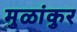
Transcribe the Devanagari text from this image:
मुळांकुर